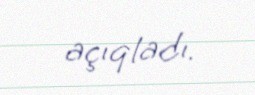
açıqladı.